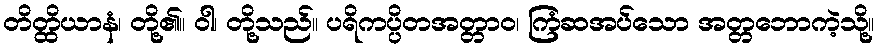
တိတ္ထိယာနံ၊ တို့၏။ ဝါ၊ တို့သည်။ ပရိကပ္ပိတအတ္တာဝ၊ ကြံဆအပ်သော အတ္တဘောကဲ့သို့။